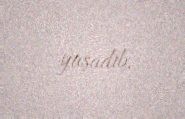
yaşadıb.